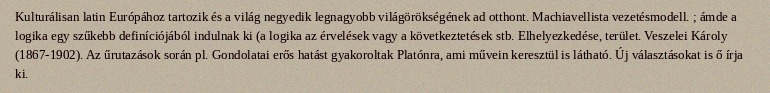
Kulturálisan latin Európához tartozik és a világ negyedik legnagyobb világörökségének ad otthont. Machiavellista vezetésmodell. ; ámde a logika egy szűkebb definíciójából indulnak ki (a logika az érvelések vagy a következtetések stb. Elhelyezkedése, terület. Veszelei Károly (1867-1902). Az űrutazások során pl. Gondolatai erős hatást gyakoroltak Platónra, ami művein keresztül is látható. Új választásokat is ő írja ki.